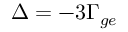
\Delta = - 3 \Gamma _ { g e }